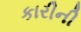
કારીની